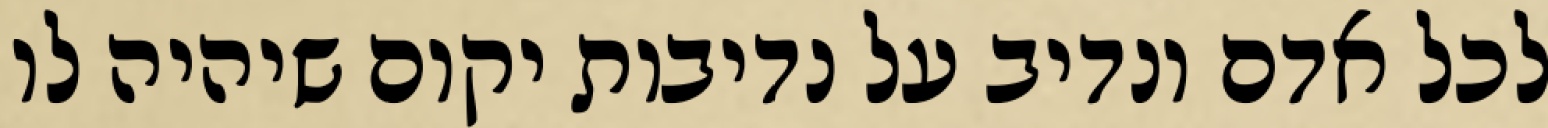
לכל אדם ונדיב על נדיבות יקום שיהיה לו